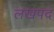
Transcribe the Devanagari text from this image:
लखपद